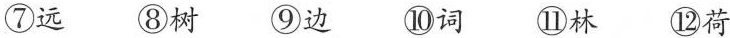
⑧树 9 ⑩词 ①林 ②荷